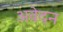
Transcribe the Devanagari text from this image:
अवेदन